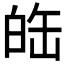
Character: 𤽦